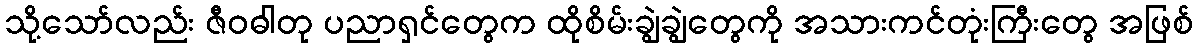
သို့သော်လည်း ဇီဝဓါတု ပညာရှင်တွေက ထိုစိမ်းချွဲချွဲတွေကို အသားကင်တုံးကြီးတွေ အဖြစ်